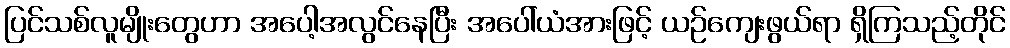
ပြင်သစ်လူမျိုးတွေဟာ အပေါ့အလွင်နေပြီး အပေါ်ယံအားဖြင့် ယဉ်ကျေးဖွယ်ရာ ရှိကြသည့်တိုင်